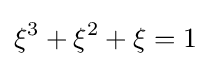
\xi ^{3}+\xi ^{2}+\xi =1